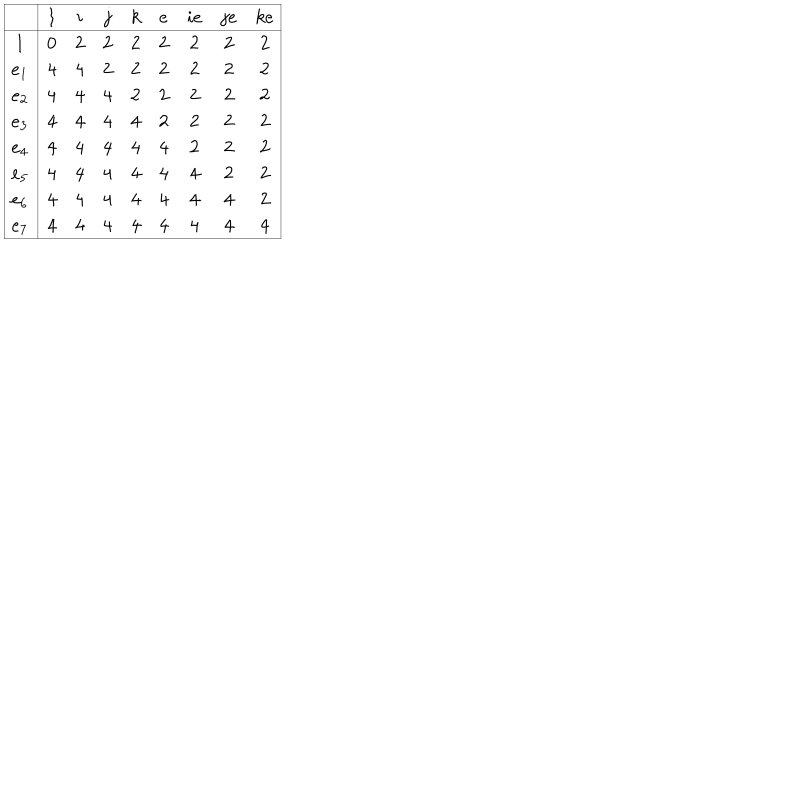
\begin{array} { | c | | c c c c c c c c | } \hline { { } } & { { 1 } } & { { i } } & { { j } } & { { k } } & { { e } } & { { i e } } & { { j e } } & { { k e } } \\ \hline { { \hline 1 } } & { { 0 } } & { { 2 } } & { { 2 } } & { { 2 } } & { { 2 } } & { { 2 } } & { { 2 } } & { { 2 } } \\ { { e _ { 1 } } } & { { 4 } } & { { 4 } } & { { 2 } } & { { 2 } } & { { 2 } } & { { 2 } } & { { 2 } } & { { 2 } } \\ { { e _ { 2 } } } & { { 4 } } & { { 4 } } & { { 4 } } & { { 2 } } & { { 2 } } & { { 2 } } & { { 2 } } & { { 2 } } \\ { { e _ { 3 } } } & { { 4 } } & { { 4 } } & { { 4 } } & { { 4 } } & { { 2 } } & { { 2 } } & { { 2 } } & { { 2 } } \\ { { e _ { 4 } } } & { { 4 } } & { { 4 } } & { { 4 } } & { { 4 } } & { { 4 } } & { { 2 } } & { { 2 } } & { { 2 } } \\ { { e _ { 5 } } } & { { 4 } } & { { 4 } } & { { 4 } } & { { 4 } } & { { 4 } } & { { 4 } } & { { 2 } } & { { 2 } } \\ { { e _ { 6 } } } & { { 4 } } & { { 4 } } & { { 4 } } & { { 4 } } & { { 4 } } & { { 4 } } & { { 4 } } & { { 2 } } \\ { { e _ { 7 } } } & { { 4 } } & { { 4 } } & { { 4 } } & { { 4 } } & { { 4 } } & { { 4 } } & { { 4 } } & { { 4 } } \\ \hline { { } } \\ \end{array}